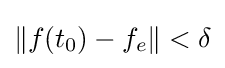
\|f(t_{0})-f_{e}\|<\delta